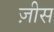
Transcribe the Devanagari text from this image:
ज़ीस